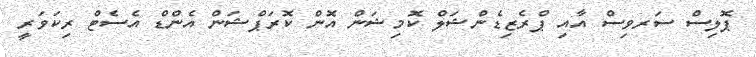
ޕޮލިސް ސަރވިސް އާއި ޕްރެޒިޑެންޝަލް ކޮމިޝަން އޮން ކޮރަޕްޝަން އެންޑް އެސެޓް ރިކަވަރީ